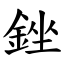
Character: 銼